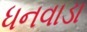
ધનવાડા